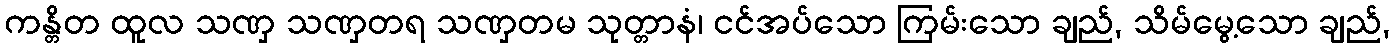
ကန္တိတ ထူလ သဏှ သဏှတရ သဏှတမ သုတ္တာနံ၊ ငင်အပ်သော ကြမ်းသော ချည်, သိမ်မွေ့သော ချည်,